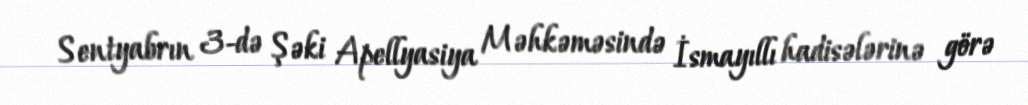
Sentyabrın 3-də Şəki Apellyasiya Məhkəməsində İsmayıllı hadisələrinə görə